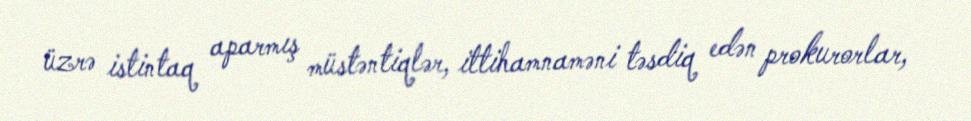
üzrə istintaq aparmış müstəntiqlər, ittihamnaməni təsdiq edən prokurorlar,